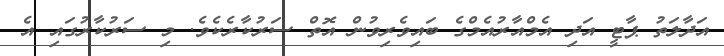
އަދާލަތު ޕާޓީ އަދި އެމްއާރުއެމްގެ ބައިވެރިވުން އޮތް ސަރުކާރެކެވެ. މި ސަރުކާރުގައި އެ